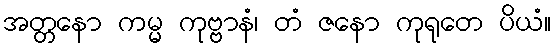
အတ္တနော ကမ္မ ကုဗ္ဗာနံ၊ တံ ဇနော ကုရုတေ ပိယံ။